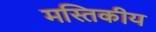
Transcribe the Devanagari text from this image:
मस्तिकीय